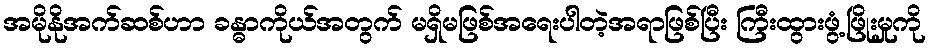
အမိုနိုအက်ဆစ်ဟာ ခန္ဓာကိုယ်အတွက် မရှိမဖြစ်အရေးပါတဲ့အရာဖြစ်ပြီး ကြီးထွားဖွံ့ဖြိုးမှုကို